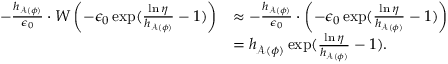
\begin{array} { r l } { - \frac { h _ { \mathscr { A } ( \phi ) } } { \epsilon _ { 0 } } \cdot W \left( - \epsilon _ { 0 } \exp ( \frac { \ln \eta } { h _ { \mathscr { A } ( \phi ) } } - 1 ) \right) } & { \approx - \frac { h _ { \mathscr { A } ( \phi ) } } { \epsilon _ { 0 } } \cdot \left( - \epsilon _ { 0 } \exp ( \frac { \ln \eta } { h _ { \mathscr { A } ( \phi ) } } - 1 ) \right) } \\ & { = h _ { \mathscr { A } ( \phi ) } \exp ( \frac { \ln \eta } { h _ { \mathscr { A } ( \phi ) } } - 1 ) . } \end{array}